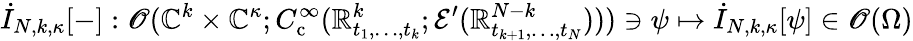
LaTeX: \dot{I}_{N,k,\kappa}[-]:\mathscr{O}(\mathbb{C}^{k}\times\mathbb{C}^{\kappa};C_{\mathrm{c}}^{\infty}(\mathbb{R}_{t_{1},\ldots,t_{k}}^{k};\mathcal{E}^{\prime}(\mathbb{R}_{t_{k+1},\ldots,t_{N}}^{N-k})))\ni\psi\mapsto\dot{I}_{N,k,\kappa}[\psi]\in\mathscr{O}(\Omega)